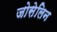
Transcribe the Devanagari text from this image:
जोसेलिन